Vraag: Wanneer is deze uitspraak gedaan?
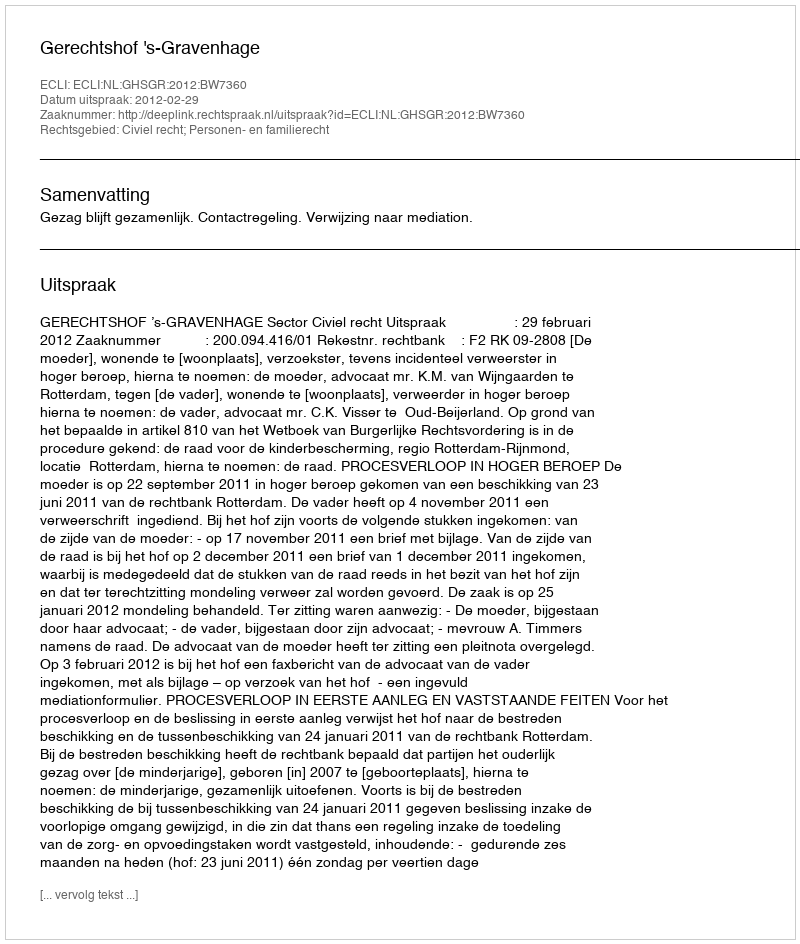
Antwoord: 2012-02-29